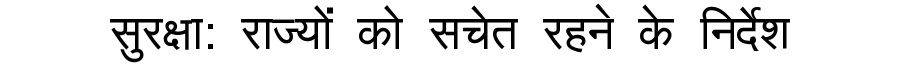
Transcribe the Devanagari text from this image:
सुरक्षा: राज्यों को सचेत रहने के निर्देश